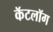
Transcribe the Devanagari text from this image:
कॅटलॉग